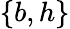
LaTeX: \{ b,h\}